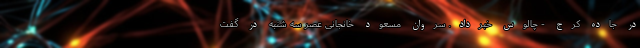
در جاده کرج - چالوس خبرداد. سروان مسعود خانجانی عصر سه شنبه در گفت